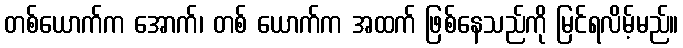
တစ်ယောက်က အောက်၊ တစ် ယောက်က အထက် ဖြစ်နေသည်ကို မြင်ရလိမ့်မည်။